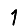
Digit: 1